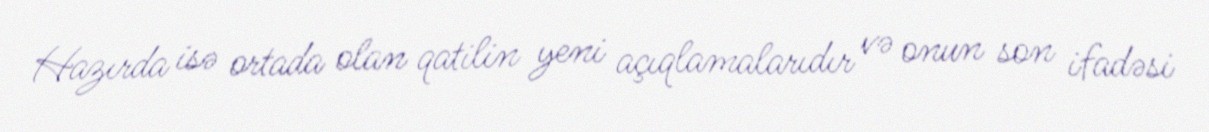
Hazırda isə ortada olan qatilin yeni açıqlamalarıdır və onun son ifadəsi